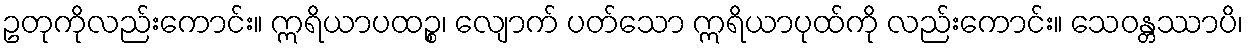
ဥတုကိုလည်းကောင်း။ ဣရိယာပထဉ္စ၊ လျောက် ပတ်သော ဣရိယာပုထ်ကို လည်းကောင်း။ သေဝန္တဿာပိ၊